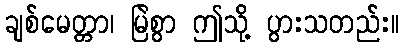
ချစ်မေတ္တာ၊ မြဲစွာ ဤသို့ ပွားသတည်း။